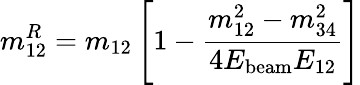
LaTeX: m_{12}^{R}=m_{12}\left[1-\frac{m_{12}^{2}-m_{34}^{2}}{4E_{\mathrm{beam}}E_{12}}\right]